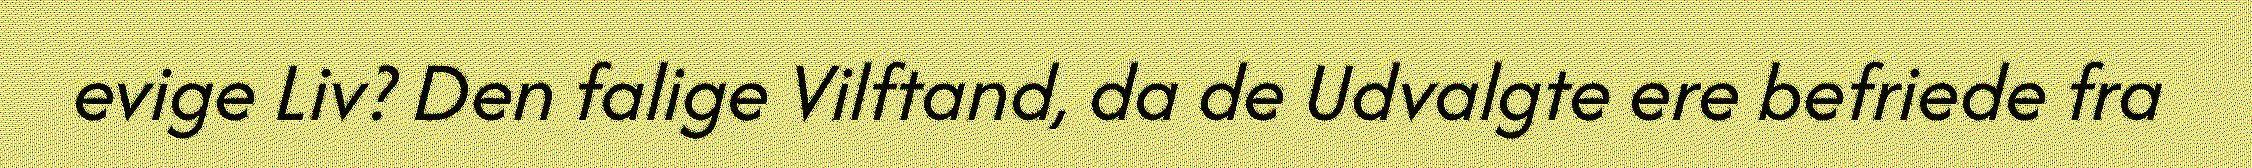
evige Liv? Den falige Vilftand, da de Udvalgte ere befriede fra